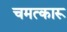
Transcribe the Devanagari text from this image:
चमत्कारू